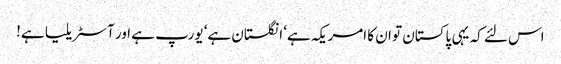
اس لئے کہ یہی پاکستان تو ان کا امریکہ ہے‘ انگلستان ہے‘ یورپ ہے اور آسٹریلیا ہے!